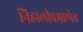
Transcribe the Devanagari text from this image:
निहालीप्रमाणेच